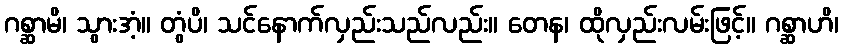
ဂစ္ဆာမိ၊ သွားအံ့။ တွံပိ၊ သင်နောက်လှည်းသည်လည်း။ တေန၊ ထိုလှည်းလမ်းဖြင့်။ ဂစ္ဆာဟိ၊